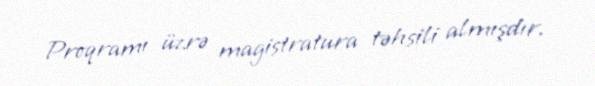
Proqramı üzrə magistratura təhsili almışdır.